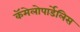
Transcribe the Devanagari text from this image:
कॅमेलोपार्डेलिस